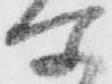
所